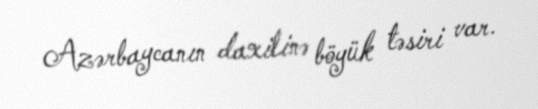
Azərbaycanın daxilinə böyük təsiri var.